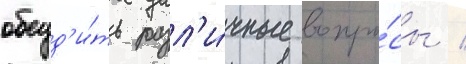
обсуд'и́ть разл'и́чные вопро́сы /